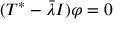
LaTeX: ( T ^ { * } - { \bar { \lambda } } I ) \varphi = 0